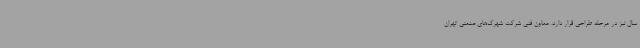
سال نیز در مرحله طراحی قرار دارد. معاون فنی شرکت شهرک‌های صنعتی تهران